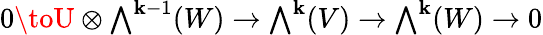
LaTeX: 0\toU\otimes{\textstyle\bigwedge}^{\mathbf{k}-1}(W)\to{\textstyle\bigwedge}^{\mathbf{k}}(V)\to{\textstyle\bigwedge}^{\mathbf{k}}(W)\to0